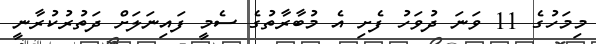
މިމަހުގެ 11 ވަނަ ދުވަހު ފެށި އެ މުބާރާތުގެ ސެމީ ފައިނަލަށް ދަތުރުކުރާނީ